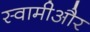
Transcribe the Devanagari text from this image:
स्वामीऔर